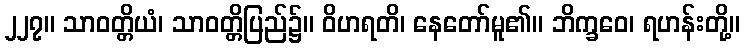
၂၂၇။ သာဝတ္တိယံ၊ သာဝတ္တိပြည်၌။ ဝိဟရတိ၊ နေတော်မူ၏။ ဘိက္ခဝေ၊ ရဟန်းတို့။